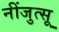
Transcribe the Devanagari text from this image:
नींजुत्सू